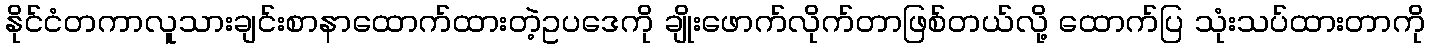
နိုင်ငံတကာလူသားချင်းစာနာထောက်ထားတဲ့ဥပဒေကို ချိုးဖောက်လိုက်တာဖြစ်တယ်လို့ ထောက်ပြ သုံးသပ်ထားတာကို